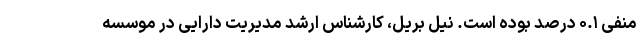
منفی ۰.۱ درصد بوده است. نیل بریل، کارشناس ارشد مدیریت دارایی در موسسه